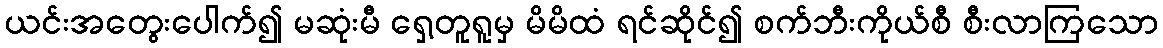
ယင်းအတွေးပေါက်၍ မဆုံးမီ ရှေ့တူရူမှ မိမိထံ ရင်ဆိုင်၍ စက်ဘီးကိုယ်စီ စီးလာကြသော